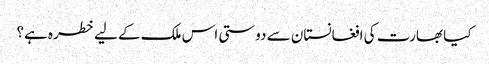
کیا بھارت کی افغانستان سے دوستی اس ملک کے لیے خطرہ ہے؟